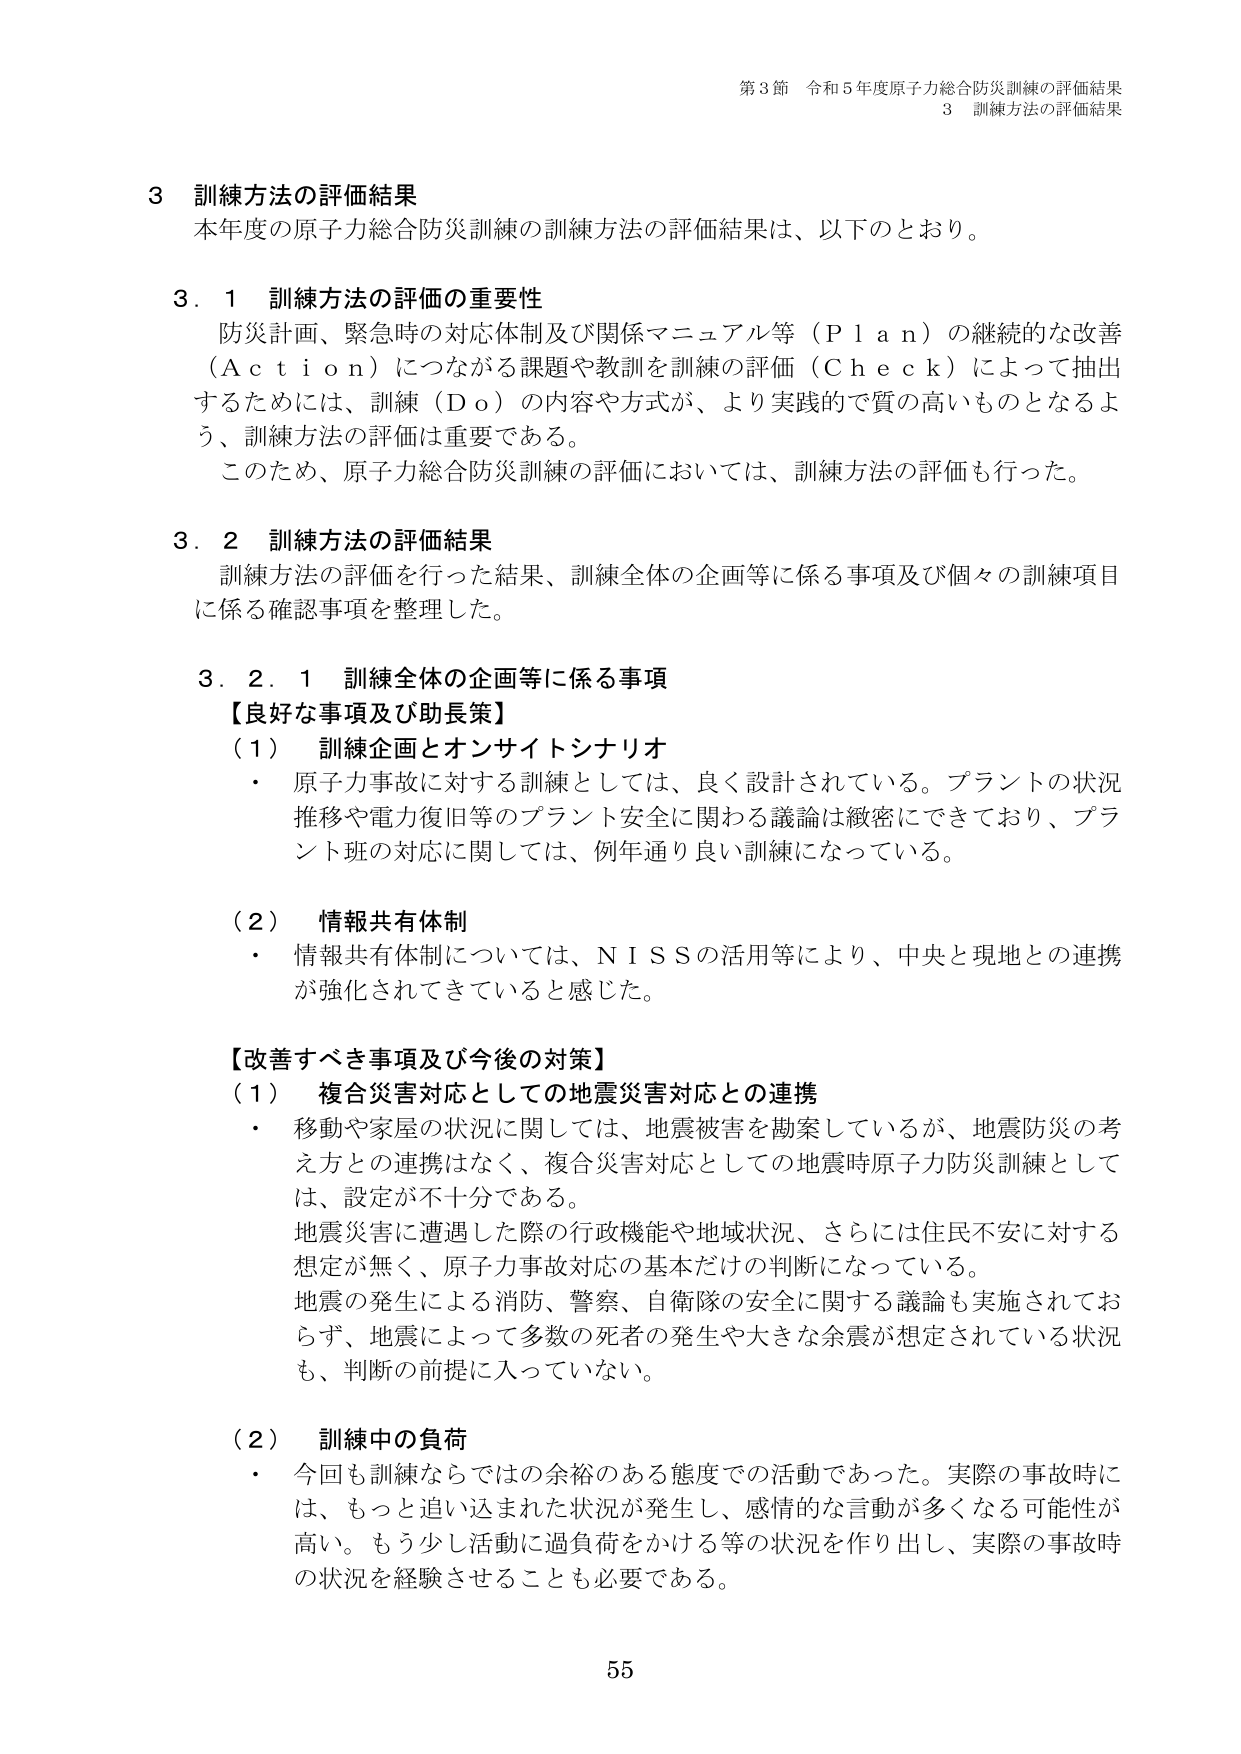
第3節 令和5年度原子力総合防災訓練の評価結果
3 訓練方法の評価結果

3 訓練方法の評価結果
本年度の原子力総合防災訓練の訓練方法の評価結果は、以下のとおり。

3.1 訓練方法の評価の重要性
防災計画、緊急時の対応体制及び関係マニュアル等（Plan）の継続的な改善（Action）につながる課題や教訓を訓練の評価（Check）によって抽出するためには、訓練（Do）の内容や方式が、より実践的で質の高いものとなるよう、訓練方法の評価は重要である。
このため、原子力総合防災訓練の評価においては、訓練方法の評価も行った。

3.2 訓練方法の評価結果
訓練方法の評価を行った結果、訓練全体の企画等に係る事項及び個々の訓練項目に係る確認事項を整理した。

3.2.1 訓練全体の企画等に係る事項
【良好な事項及び助長策】
（1） 訓練企画とオンサイトシナリオ
・ 原子力事故に対する訓練としては、良く設計されている。プラントの状況推移や電力復旧等のプラント安全に関する議論は緻密にできており、プラント班の対応に関しては、例年通り良い訓練になっている。

（2） 情報共有体制
・ 情報共有体制については、NISSの活用等により、中央と現地との連携が強化されてきていると感じた。

【改善すべき事項及び今後の対策】
（1） 複合災害対応としての地震災害対応との連携
・ 移動や家屋の状況に関しては、地震被害を勘案しているが、地震防災の考え方との連携はなく、複合災害対応としての地震時原子力防災訓練としては、設定が不十分である。
地震災害に遭遇した際の行政機能や地域状況、さらには住民不安に対する想定が無く、原子力事故対応の基本だけの判断になっている。
地震の発生による消防、警察、自衛隊の安全に関する議論も実施されておらず、地震によって多数の死者の発生や大きな余震が想定されている状況も、判断の前提に入っていない。

（2） 訓練中の負荷
・ 今回も訓練ならではの余裕のある態度での活動であった。実際の事故時には、もっと追い込まれた状況が発生し、感情的な言動が多くなる可能性が高い。もう少し活動に過負荷をかける等の状況を作り出し、実際の事故時の状況を経験させることも必要である。

55